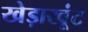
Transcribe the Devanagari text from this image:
खेड़ाखूंट